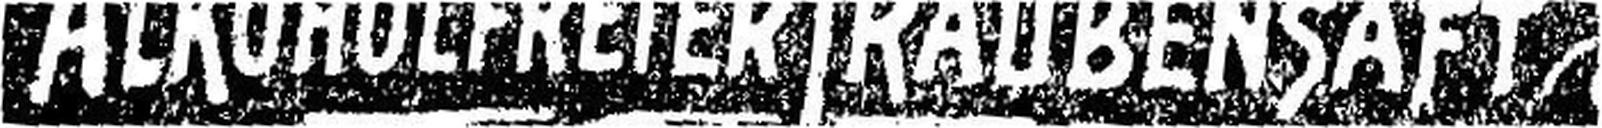
ALKOHOLFREIER TRAUBENSAFT